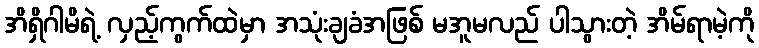
အိရှိဂါမိရဲ့ လှည့်ကွက်ထဲမှာ အသုံးချခံအဖြစ် မအူမလည် ပါသွားတဲ့ အိမ်ရာမဲ့ကို